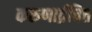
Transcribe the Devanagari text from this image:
करुणार्द्रचित्त